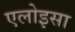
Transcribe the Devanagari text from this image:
एलोइसा